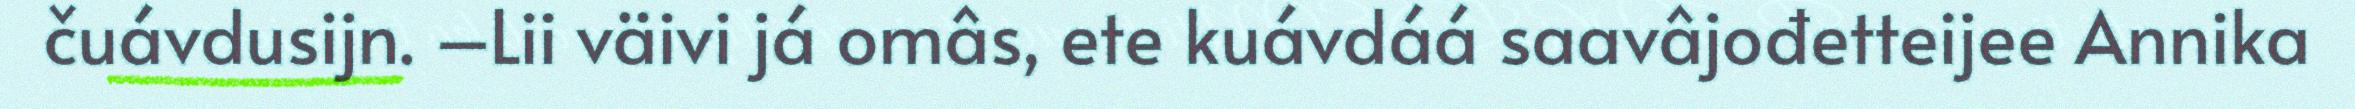
čuávdusijn. –Lii väivi já omâs, ete kuávdáá saavâjođetteijee Annika